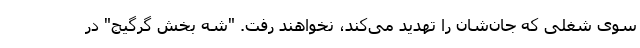
سوی شغلی که جان‌شان را تهدید می‌کند، نخواهند رفت. "شه بخش گرگیج" در